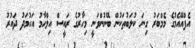
އެފްއޭއެމުގެ މެމްބަރު ގިނަ ކުލަބުތަކުން ބޭނުންވަނީ މިހާރުގެ ރައީސް އިލްހާމު އަހުމަދު ދައުރު